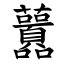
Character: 䖀